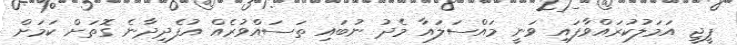
ޕީޖީ އަމަލުކުރައްވާފައި ވަނީ މައްސަލައާ މެދު ނުބައި ތަސައްވުރެއް އުފެދިދާނެ ގޮތަށް ކަމަށް